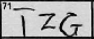
Transcription: TZG